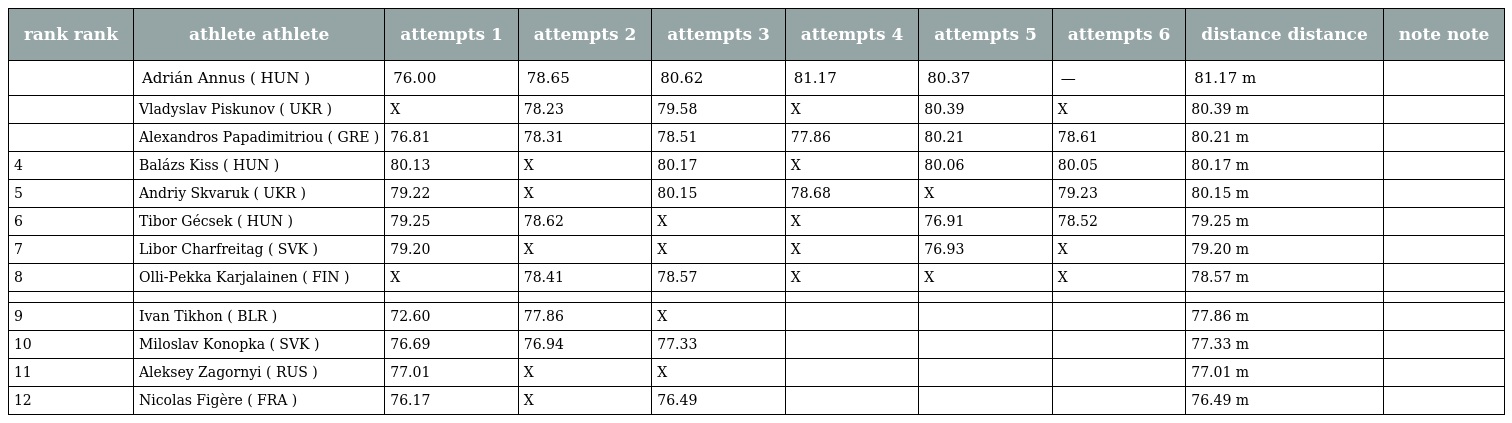
| rank rank | athlete athlete | attempts 1 | attempts 2 | attempts 3 | attempts 4 | attempts 5 | attempts 6 | distance distance | note note |
 | --- | --- | --- | --- | --- | --- | --- | --- | --- | --- |
 |  | Adrián Annus ( HUN ) | 76.00 | 78.65 | 80.62 | 81.17 | 80.37 | — | 81.17 m |  |
 |  | Vladyslav Piskunov ( UKR ) | X | 78.23 | 79.58 | X | 80.39 | X | 80.39 m |  |
 |  | Alexandros Papadimitriou ( GRE ) | 76.81 | 78.31 | 78.51 | 77.86 | 80.21 | 78.61 | 80.21 m |  |
 | 4 | Balázs Kiss ( HUN ) | 80.13 | X | 80.17 | X | 80.06 | 80.05 | 80.17 m |  |
 | 5 | Andriy Skvaruk ( UKR ) | 79.22 | X | 80.15 | 78.68 | X | 79.23 | 80.15 m |  |
 | 6 | Tibor Gécsek ( HUN ) | 79.25 | 78.62 | X | X | 76.91 | 78.52 | 79.25 m |  |
 | 7 | Libor Charfreitag ( SVK ) | 79.20 | X | X | X | 76.93 | X | 79.20 m |  |
 | 8 | Olli-Pekka Karjalainen ( FIN ) | X | 78.41 | 78.57 | X | X | X | 78.57 m |  |
 |  |  |  |  |  |  |  |  |  |  |
 | 9 | Ivan Tikhon ( BLR ) | 72.60 | 77.86 | X |  |  |  | 77.86 m |  |
 | 10 | Miloslav Konopka ( SVK ) | 76.69 | 76.94 | 77.33 |  |  |  | 77.33 m |  |
 | 11 | Aleksey Zagornyi ( RUS ) | 77.01 | X | X |  |  |  | 77.01 m |  |
 | 12 | Nicolas Figère ( FRA ) | 76.17 | X | 76.49 |  |  |  | 76.49 m |  |